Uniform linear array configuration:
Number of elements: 48
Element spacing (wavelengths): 0.75
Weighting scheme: hann
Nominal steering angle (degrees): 15
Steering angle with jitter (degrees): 16.411
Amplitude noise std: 0.05
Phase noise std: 0.05

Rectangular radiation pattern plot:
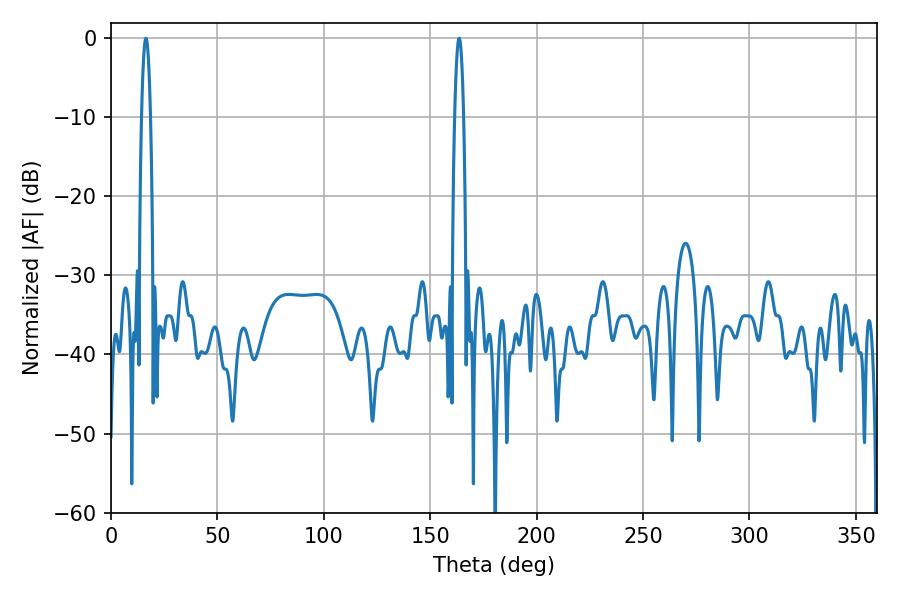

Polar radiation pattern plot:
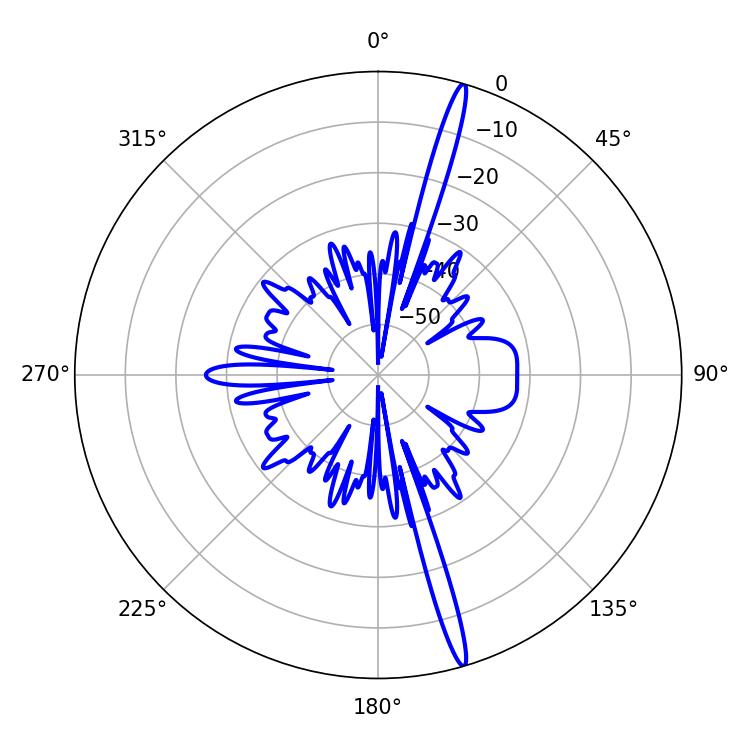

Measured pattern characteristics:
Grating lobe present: TRUE
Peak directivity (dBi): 19.059
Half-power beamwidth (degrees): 2.34
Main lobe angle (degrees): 16.38